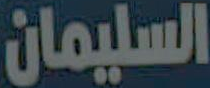
السليمان